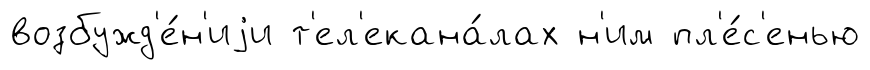
возбужд'е́н'иjи т'ел'екана́лах н'им пл'е́с'енью